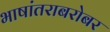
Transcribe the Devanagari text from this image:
भाषांतराबरोबर